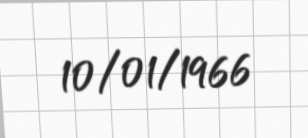
10/01/1966